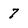
Character: 7